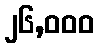
၂၆,၀၀၀